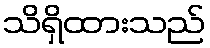
သိရှိထားသည်